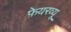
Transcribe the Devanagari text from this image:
फ़ेयरव्यू